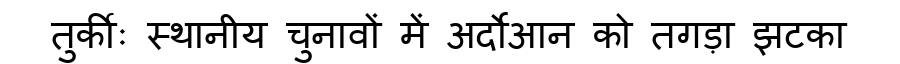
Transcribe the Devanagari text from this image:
तुर्कीः स्थानीय चुनावों में अर्दोआन को तगड़ा झटका